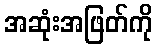
အဆုံးအဖြတ်ကို